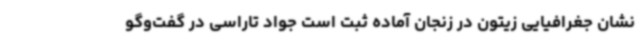
نشان جغرافیایی زیتون در زنجان آماده ثبت است جواد تاراسی در گفت‌وگو